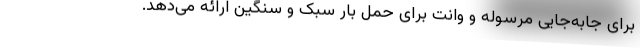
برای جابه‌جایی مرسوله و وانت برای حمل بار سبک و سنگین ارائه می‌دهد.